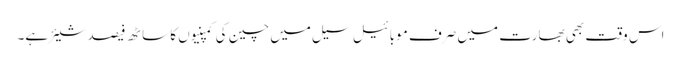
اس وقت بھی بھارت میں صرف موبائیل سیل میں چین کی کمپنیوں کا ساٹھ فیصد شیئر ہے۔